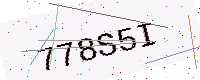
Text: 778S5I